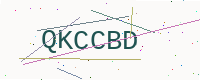
Text: QKCCBD